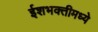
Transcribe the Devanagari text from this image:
ईशभक्तीमध्ये